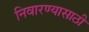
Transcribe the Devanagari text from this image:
निवारण्यासाठी